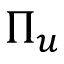
\Pi _ { u }